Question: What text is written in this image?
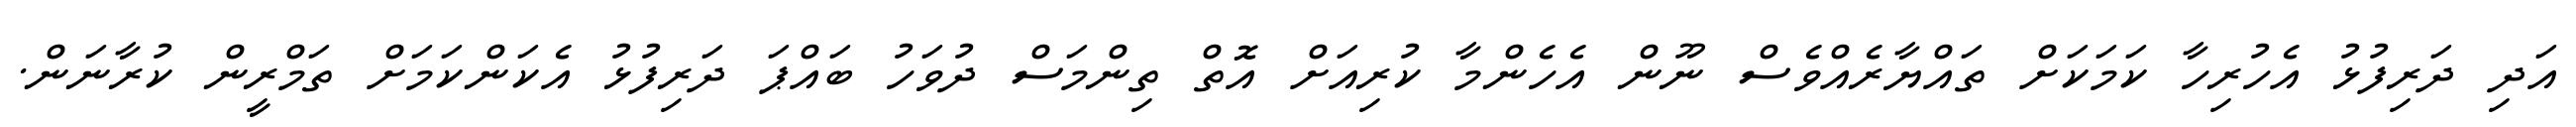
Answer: އަދި ދަރިފުޅު އެހުރިހާ ކަމަކަށް ތައްޔާރެއްވެސް ނޫން އެހެންމާ ކުރިއަށް އޮތް ތިންމަސް ދުވަހު ބައްޕަ ދަރިފުޅު އެކަންކަމަށް ތަމްރީން ކުރާނަން.